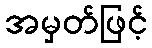
အမှတ်ဖြင့်